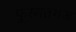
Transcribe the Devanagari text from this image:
फुरसतगंज